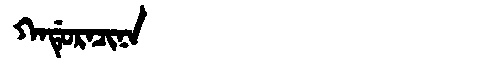
Manchu: ᡴᠠᡩᡠᡵᠠᠴᡳᠨᠠ
Romanization: KADURACINA